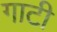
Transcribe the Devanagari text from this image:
गाटी